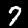
Digit: 7